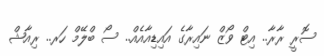
ސޮރީ ރާރާ.. އިޓް ވޯޒް ނައިރާގެ އައިޑިއާއެއް.. ސޯ ބްލޭމް ހަރ.. ރިއާޝް